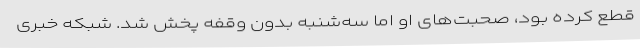
قطع کرده بود، صحبت‌های او اما سه‌شنبه بدون وقفه پخش شد. شبکه خبری